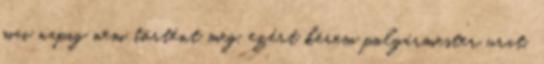
mai napig nem történt meg, ezért kérem polgármester urat,